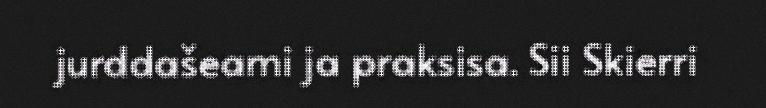
jurddašeami ja praksisa. Sii Skierri